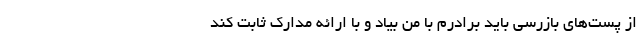
از پست‌های بازرسی باید برادرم با من بیاد و با ارائه مدارک ثابت کند